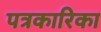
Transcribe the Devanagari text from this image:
पत्रकारिका